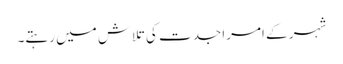
شہر کے امرا جدت کی تلاش میں رہتے۔